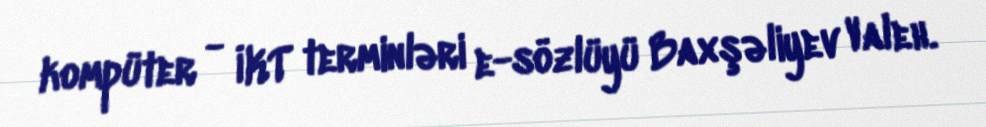
kompüter - İKT terminləri e-sözlüyü Baxşəliyev Valeh.